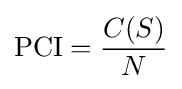
{\text{PCI}}={\frac {C(S)}{N}}